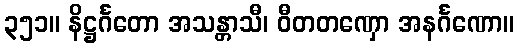
၃၅၁။ နိဋ္ဌင်္ဂတော အသန္တာသီ၊ ဝီတတဏှော အနင်္ဂဏော။